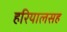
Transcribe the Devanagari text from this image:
हरियालसह